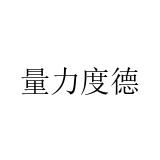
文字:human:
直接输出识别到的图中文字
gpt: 量力度德